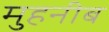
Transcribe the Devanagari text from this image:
मुहनीब